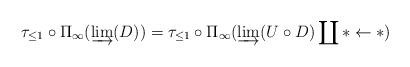
LaTeX: \begin{align*}\tau_{\leq 1}\circ\Pi_{\infty}(\varinjlim(D))=\tau_{\leq 1}\circ\Pi_{\infty}(\varinjlim(U\circ D)\coprod*\leftarrow*)\end{align*}